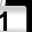
Digit: 1